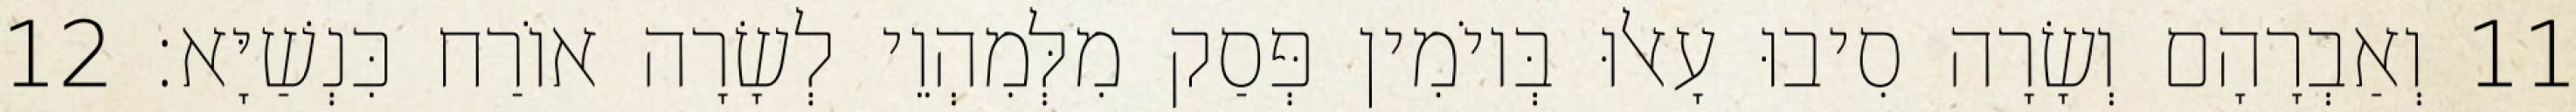
11 וְאַבְרָהָם וְשָׂרָה סִיבוּ עָאלוּ בְּיוֹמִין פְּסַק מִלְּמִהְוֵי לְשָׂרָה אוֹרַח כִּנְשַׁיָּא׃ 12